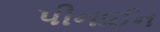
પીનાઈન